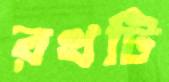
রথটি